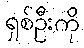
ရှစ်ဦးကို